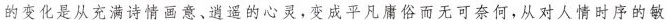
的变化是从充满诗情画意、逍遥的心灵，变成平凡庸俗而无可奈何，从对人情时序的敏